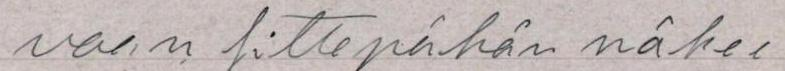
vaan sittepähän näkee